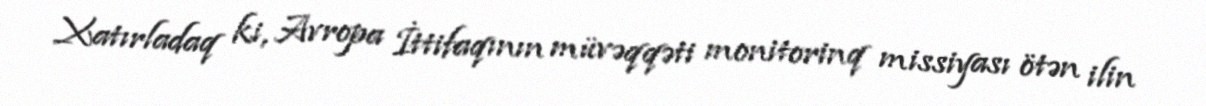
Xatırladaq ki, Avropa İttifaqının müvəqqəti monitorinq missiyası ötən ilin